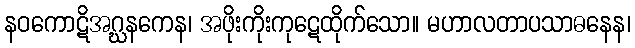
နဝကောဋိအဂ္ဃနကေန၊ အဖိုးကိုးကုဋေထိုက်သော။ မဟာလတာပသာဓနေန၊